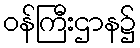
ဝန်ကြီးဌာန၌